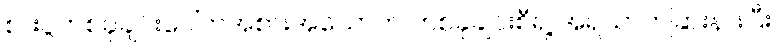
စားပွဲတစ်ခုချင်းပေါ်ကအစားအသောက် တစ်ခုချင်းစီရဲ့ အရသာကခြားနားပြီး